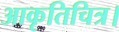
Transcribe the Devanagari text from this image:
आकृतिचित्र।